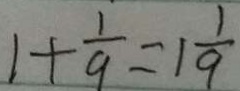
1 + \frac { 1 } { 9 } = 1 \frac { 1 } { 9 }